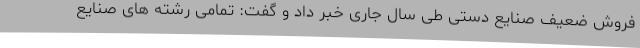
فروش ضعیف صنایع دستی طی سال جاری خبر داد و گفت: تمامی رشته های صنایع